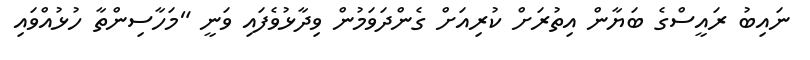
ނައިބު ރައީސްގެ ބަޔާން އިތުރަށް ކުރިއަށް ގެންދަވަމުން ވިދާޅުވެފައި ވަނީ "މަހާސިންތާ ހުޅުއްވައި